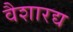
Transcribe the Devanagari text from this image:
वैशारद्य